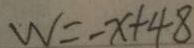
W = - x + 4 8